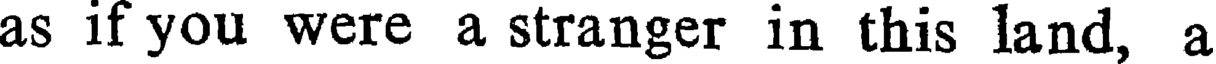
as if you were a stranger in this land, a